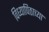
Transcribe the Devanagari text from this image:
विध्यापिठाच्या